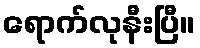
ရောက်လုနီးပြီ။